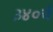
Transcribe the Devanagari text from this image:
३४०चे